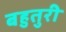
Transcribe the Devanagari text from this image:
बहुतुरी